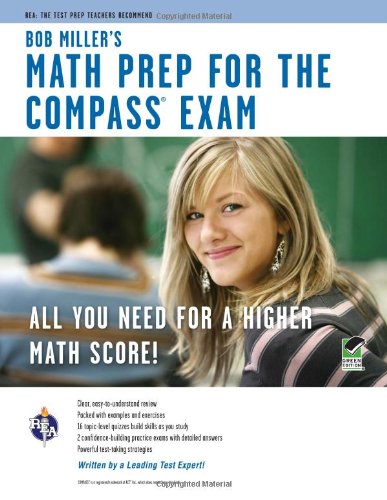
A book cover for COMPASS Exam - Bob Miller's Math Prep; Bob Miller; Test Preparation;